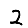
Digit: 2